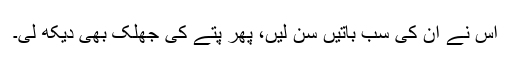
اس نے ان کی سب باتیں سن لیں، پھر پتے کی جھلک بھی دیکھ لی۔